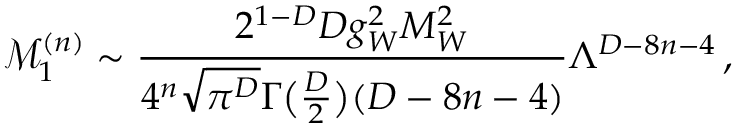
\mathcal { M } _ { 1 } ^ { ( n ) } \sim \frac { 2 ^ { 1 - D } D g _ { W } ^ { 2 } M _ { W } ^ { 2 } } { 4 ^ { n } \sqrt { \pi ^ { D } } \Gamma \big ( \frac { D } { 2 } \big ) ( D - 8 n - 4 ) } \Lambda ^ { D - 8 n - 4 } \, ,